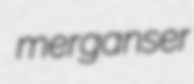
merganser